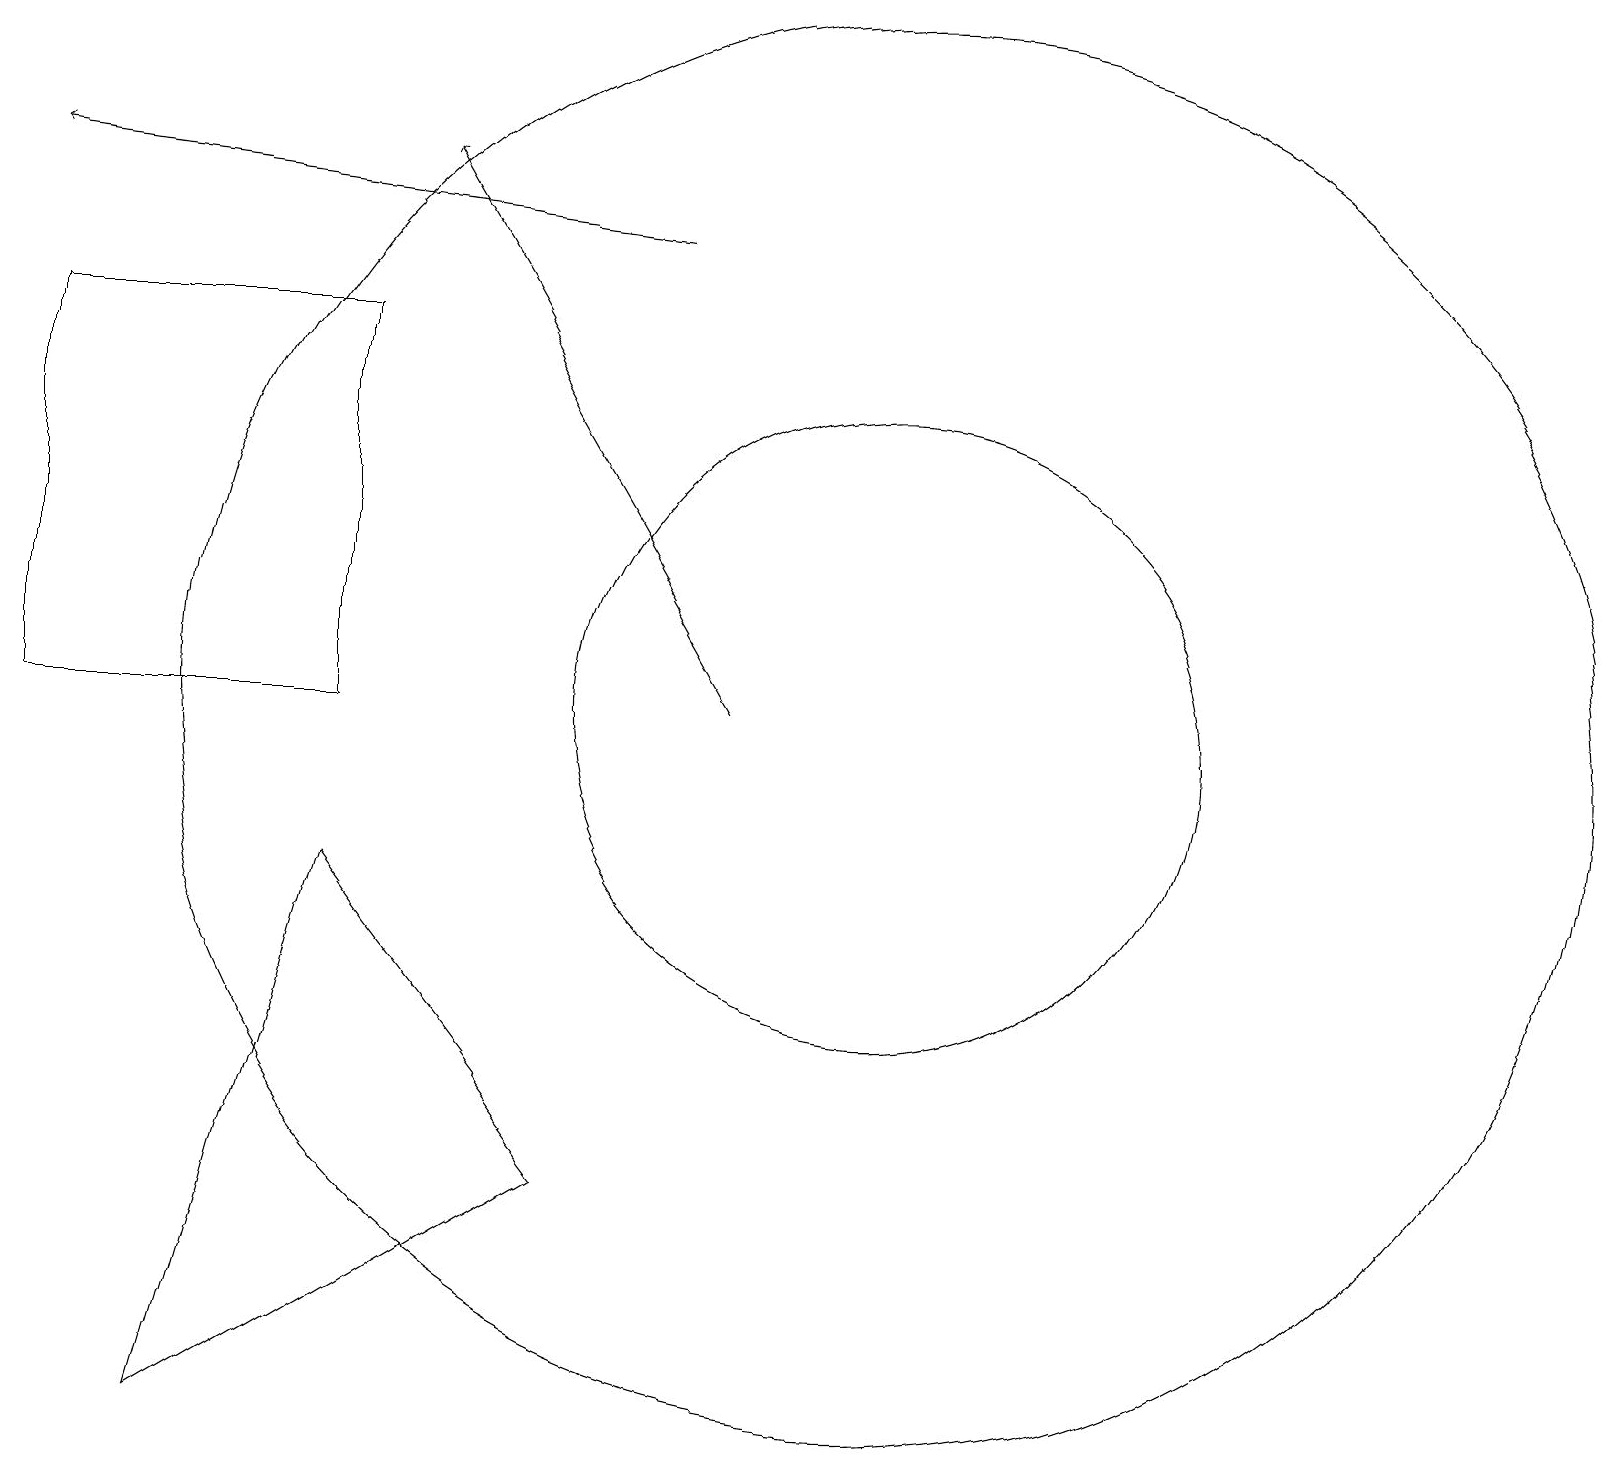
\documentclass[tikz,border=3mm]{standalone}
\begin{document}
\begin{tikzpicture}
\draw (11,11) circle (4);
\draw (4,9) -- (7,5) -- (2,2) -- cycle;
\draw[->] (9,11) -- (5,18);
\draw[->] (8,17) -- (0,18);
\draw (11,11) circle (9);
\draw (4,11) rectangle (0,16);
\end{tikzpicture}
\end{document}